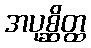
အပုစ္ဆိတ္ထ